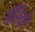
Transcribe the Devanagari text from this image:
मॅरिनो